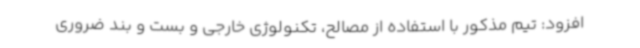
افزود: تیم مذکور با استفاده از مصالح، تکنولوژی خارجی و بست و بند ضروری